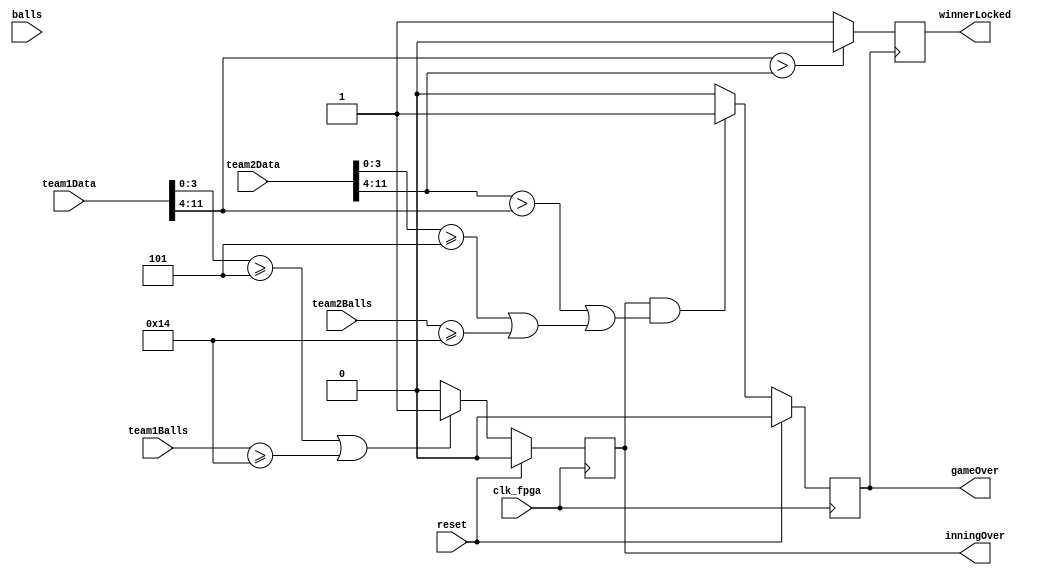
//Module to decide whether inning is over, if game is over and which team is the winner
`timescale 1ns / 1ps
module score_comparator(
    input clk_fpga,
    input reset,
	input [11:0] team1Data, 
	input [11:0] team2Data, 
	input [7:0] team1Balls, 
	input [7:0] team2Balls, 
	input [7:0] balls,
	output reg inningOver, 
	output reg gameOver, 
	output reg winnerLocked);
	 
	 //If the team which is currently playing has played 20 balls or lost 5 wickets, their inning is complete
	 //Tri-state led will glow blue if inning over i.e. Team 1 has reached their maximum ball or wicket count
	 always @ (posedge clk_fpga)	
	 begin 
	     if (reset)
			inningOver <= 0;
		 else if((team1Data[3:0] >= 4'd5) || (team1Balls >= 7'd20))
			inningOver <= 1; //Inning is over and Team 2 will start playing
		 else 
			inningOver <= 0; //Team 1 is playing
	 end	 
	 
	 //If both teams have finished playing, end the game 
	 always @ (posedge clk_fpga)	
	 begin 
		 if (reset)
			gameOver <= 0; 
		 else if(inningOver && (((team2Data[11:4] > team1Data[11:4])) || ((team2Data[3:0] >= 4'd5) || (team2Balls >= 7'd20))))
			gameOver <= 1; 
		 else
			gameOver <= 0; 
	 end
	 
	 //On rising edge of gameOver, lock in the winner 
	 always @ (posedge gameOver)	
	 begin 
		 if (team1Data[11:4] > team2Data[11:4]) //The team with most runs on gameOver wins
			winnerLocked <= 0; //Team 1 wins 
		 else
			winnerLocked <= 1; //Team 2 wins
	 end	 
endmodule